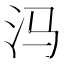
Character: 𰛊